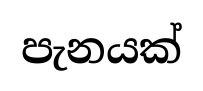
පැනයක්